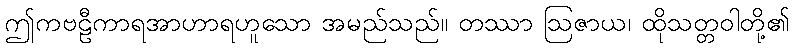
ဤကဗဠီကာရအာဟာရဟူသော အမည်သည်။ တဿာ ဩဇာယ၊ ထိုသတ္တဝါတို့၏